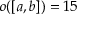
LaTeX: o ( [ a , b ] ) = 1 5